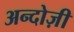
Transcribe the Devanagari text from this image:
अन्दोज़ी